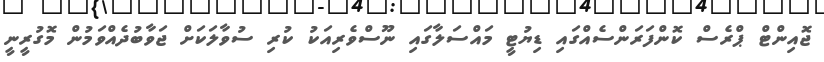
ޖޮއިންޓް ޕްރެސް ކޮންފަރަންސެއްގައި ޑިޔުޓީ މައްސަލާގައި ނޫސްވެރިއަކު ކުރި ސުވާލަކަށް ޖަވާބުދެއްވަމުން މޮގުރީނީ